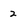
Character: 2